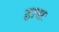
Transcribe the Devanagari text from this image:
हासः